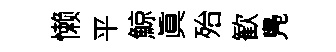
懒平鯨眞殆歓鳬